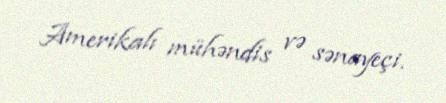
Amerikalı mühəndis və sənayeçi.